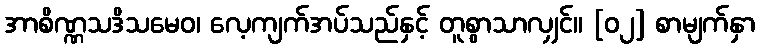
အာစိဏ္ဏသဒိသမေဝ၊ လေ့ကျက်အပ်သည်နှင့် တူစွာသာလျှင်။ [၀၂] စာမျက်နှာ